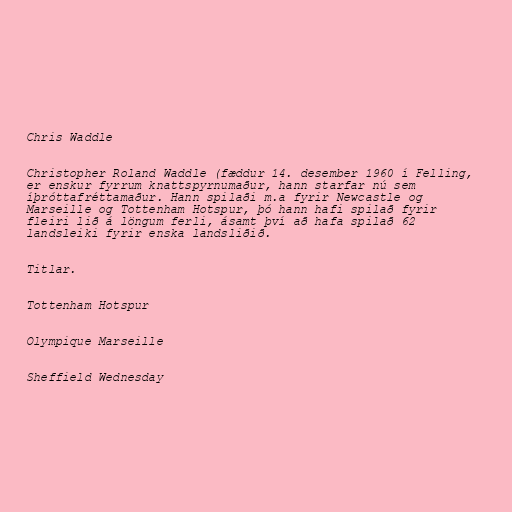
Chris Waddle

Christopher Roland Waddle (fæddur 14. desember 1960 í Felling,
er enskur fyrrum knattspyrnumaður, hann starfar nú sem
íþróttafréttamaður. Hann spilaði m.a fyrir Newcastle og
Marseille og Tottenham Hotspur, þó hann hafi spilað fyrir
fleiri lið á löngum ferli, ásamt því að hafa spilað 62
landsleiki fyrir enska landsliðið.

Titlar.

Tottenham Hotspur

Olympique Marseille

Sheffield Wednesday